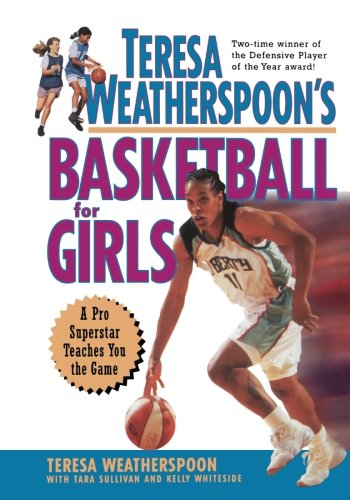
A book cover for Teresa Weatherspoon's Basketball for Girls; Teresa Weatherspoon; Teen & Young Adult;